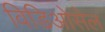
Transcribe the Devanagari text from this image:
विडिओसेल